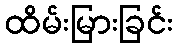
ထိမ်းမြားခြင်း